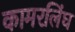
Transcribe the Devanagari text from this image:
कामरलिंघ